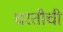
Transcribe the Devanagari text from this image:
धरतीची